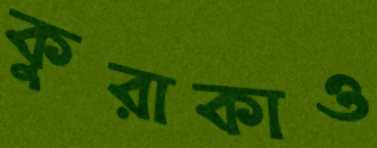
কুরাকাও